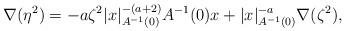
LaTeX: \begin{align*}\nabla (\eta^2) = - a \zeta^2 |x|_{A^{-1}(0)}^{-(a+2)} A^{-1}(0) x + |x|_{A^{-1}(0)}^{-a} \nabla (\zeta^2),\end{align*}